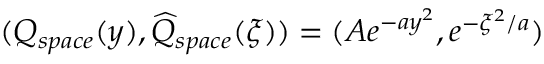
( Q _ { s p a c e } ( y ) , \widehat { Q } _ { s p a c e } ( \xi ) ) = ( A e ^ { - a y ^ { 2 } } , e ^ { - \xi ^ { 2 } / a } )